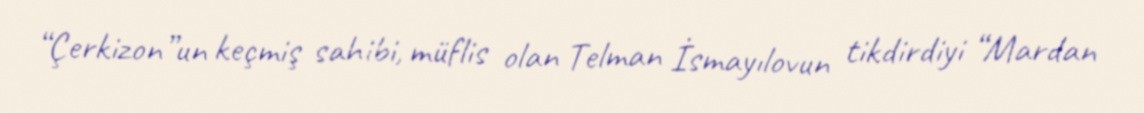
“Çerkizon”un keçmiş sahibi, müflis olan Telman İsmayılovun tikdirdiyi “Mardan